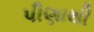
પીણાથી